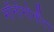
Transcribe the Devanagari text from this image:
मॉनोगोनौंटा